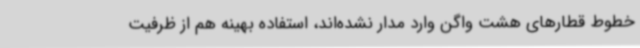
خطوط قطارهای هشت واگن وارد مدار نشده‌اند، استفاده بهینه هم از ظرفیت